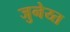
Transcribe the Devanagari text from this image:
जुनेय्त